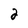
Character: 2